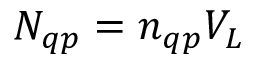
N _ { q p } = n _ { q p } V _ { L }